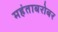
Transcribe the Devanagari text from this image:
महंताबरोबर